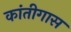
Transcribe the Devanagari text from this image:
कांतीगास